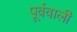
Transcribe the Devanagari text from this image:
पूर्ववाली